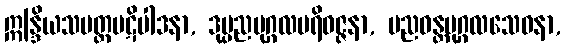
ဣန္ဒြိယသမတ္တပဋိပါဒနာ, ဒုပ္ပညပုဂ္ဂလပရိဝဇ္ဇနာ, ပညဝန္တပုဂ္ဂလသေဝနာ,